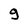
Character: g